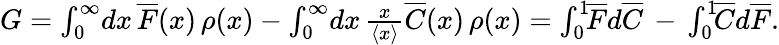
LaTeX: \begin{array}{r}{G=\int_{0}^{\infty}\! dx\, \overline{{F}}(x)\, \rho(x)-\int_{0}^{\infty}\! dx\, \frac{x}{\left\langle{x}\right\rangle}\overline{{C}}(x)\, \rho(x)=\int_{0}^{1}\! \! \overline{{F}}d\overline{{C}}\, -\, \int_{0}^{1}\! \! \overline{{C}}d\overline{{F}}.}\end{array}